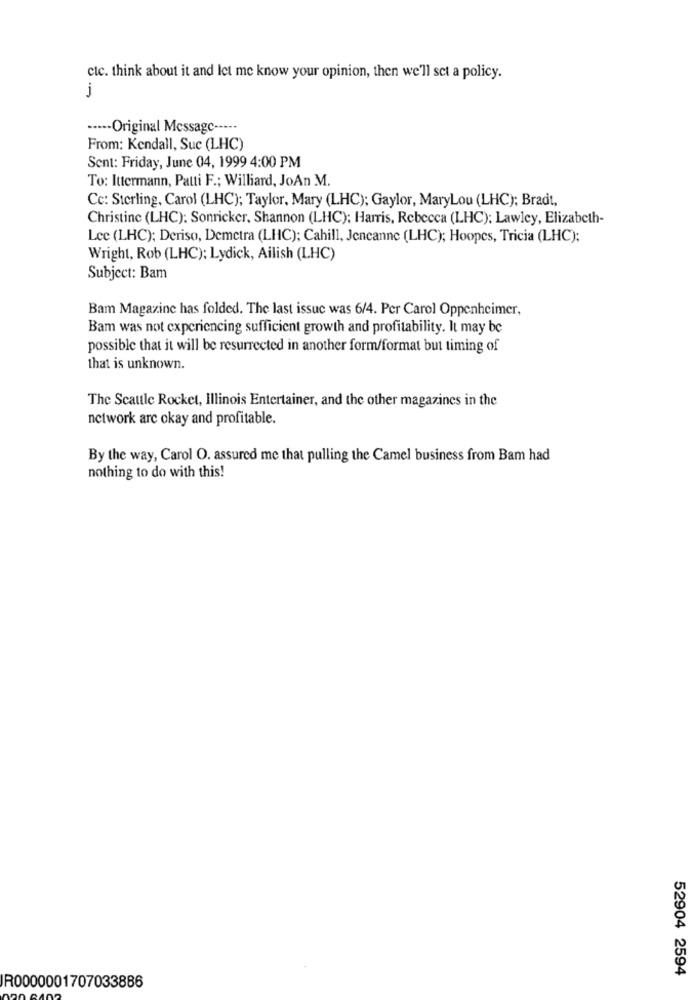
ctc. think about it and let me know your opinion, then we'll set a policy.
j
----- Original Message -----
From: Kendall, Suc (LHC)
Sent: Friday, June 04, 1999 4:00 PM
To: Ittermann, Patti F .; Williard, JoAn M.
Cc: Sterling, Carol (LHC); Taylor, Mary (LHC); Gaylor, MaryLou (LHC); Bradt,
Christine (LHC): Sonricker, Shannon (LHC); Harris, Rebecca (LHC); Lawley, Elizabeth-
Lee (LHC); Deriso, Demetra (LHC); Cahill, Jencanne (LHC); Hoopes, Tricia (LHC);
Wright, Rob (LHC); Lydick, Ailish (LHC)
Subject: Bam
Bam Magazine has folded. The last issue was 6/4. Per Carol Oppenheimer,
Bam was not experiencing sufficient growth and profitability. It may be
possible that it will be resurrected in another form/format but timing of
that is unknown.
The Scattle Rocket, Illinois Entertainer, and the other magazines in the
network arc okay and profitable.
By the way, Carol O. assured me that pulling the Camel business from Bam had
nothing to do with this!
52904 2594
R0000001707033886